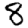
Digit: 8